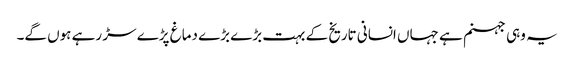
یہ وہی جہنم ہے جہاں انسانی تاریخ کے بہت بڑے بڑے دماغ پڑے سڑ رہے ہوں گے۔